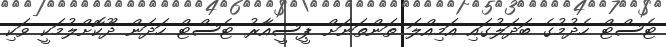
ޓެސްޓް ހެދުމުގެ ބަދަލުގައި އަމިއްލަ ތަންތަނަށް ޕީސީއާރު ޓެސްޓް ހަދަން ދޫކޮށްލުމަކީ ވަކި